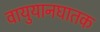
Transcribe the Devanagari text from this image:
वायुयानघातक